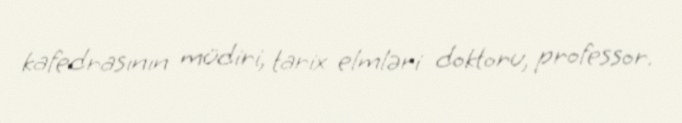
kafedrasının müdiri, tarix elmləri doktoru, professor.